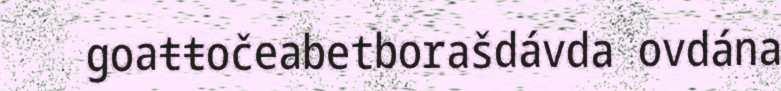
goaŧŧočeabetborašdávda ovdána